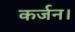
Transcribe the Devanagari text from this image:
कर्जन।